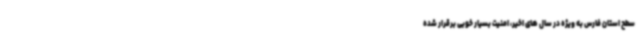
سطح استان فارس به ویژه در سال های اخیر، امنیت بسیار خوبی برقرار شده